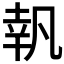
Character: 𠙜